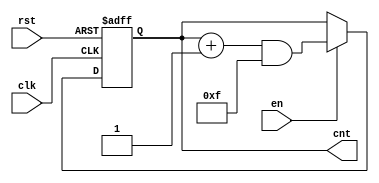
module up_counter_with_enable #(
    parameter WIDTH = 4  // Parameter to define the width of the counter (default is 4 bits)
)(
    input wire clk,      // Clock input
    input wire en,       // Enable input
    input wire rst,      // Asynchronous reset input
    output reg [WIDTH-1:0] cnt  // Counter output
);

    // Always block triggered on the rising edge of the clock
    always @(posedge clk or posedge rst) begin
        if (rst) begin
            // Asynchronous reset: set counter to zero
            cnt <= 0;
        end else if (en) begin
            // Increment the counter: wrap around using WIDTH bits
            cnt <= (cnt + 1) & ((1 << WIDTH) - 1);  // Wraps around to 0 after reaching max value
        end
        // If reset is not asserted and enable is low, counter holds its value
    end

endmodule